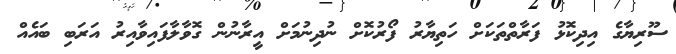
ސޫރިޔާގެ އިދިކޮޅު ފަރާތްތަކަށް ހަތިޔާރު ފޯރުކޮށް ނުދިނުމަށް އީރާނުން ގޮވާލާފައިވާއިރު އަރަބި ބައެއް